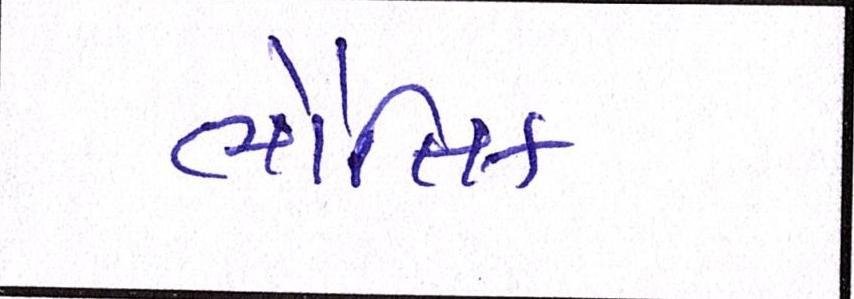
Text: ભૌતિક